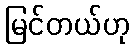
မြင်တယ်ဟု